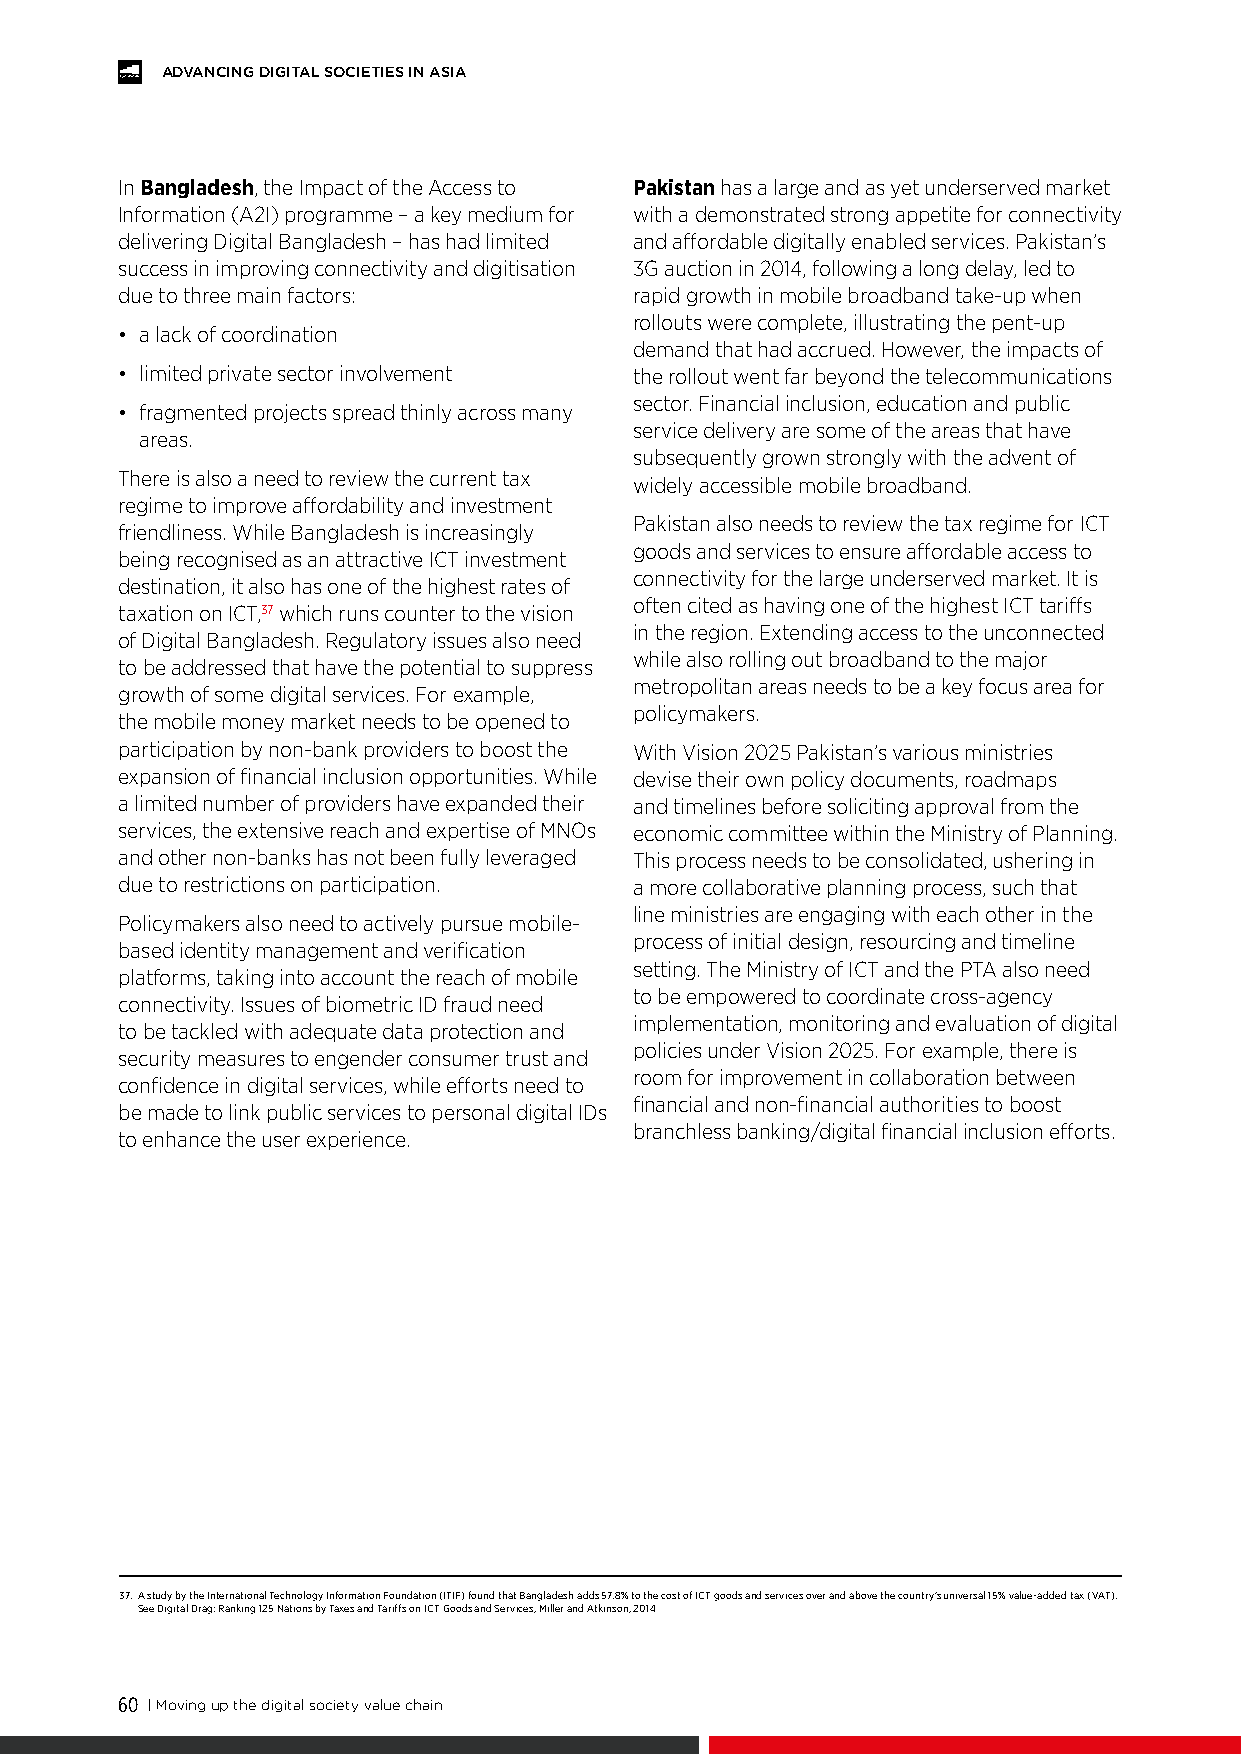
ADVANCING DIGITAL SOCIETIES IN ASIA
 In Bangladesh, the Impact of the Access to Pakistan has a large and as yet underserved market
 Information (A2I) programme – a key medium for with a demonstrated strong appetite for connectivity
 delivering Digital Bangladesh – has had limited and affordable digitally enabled services. Pakistan’s
 success in improving connectivity and digitisation 3G auction in 2014, following a long delay, led to
 due to three main factors:        rapid growth in mobile broadband take-up when
 rollouts were complete, illustrating the pent-up
 • a lack of coordination
 demand that had accrued. However, the impacts of
 • limited private sector involvement the rollout went far beyond the telecommunications
 sector. Financial inclusion, education and public
 • fragmented projects spread thinly across many
 service delivery are some of the areas that have
 areas.
 subsequently grown strongly with the advent of
 There is also a need to review the current tax
 widely accessible mobile broadband.
 regime to improve affordability and investment
 Pakistan also needs to review the tax regime for ICT
 friendliness. While Bangladesh is increasingly
 goods and services to ensure affordable access to
 being recognised as an attractive ICT investment
 connectivity for the large underserved market. It is
 destination, it also has one of the highest rates of
 often cited as having one of the highest ICT tariffs
 taxation on ICT,37 which runs counter to the vision
 in the region. Extending access to the unconnected
 of Digital Bangladesh. Regulatory issues also need
 while also rolling out broadband to the major
 to be addressed that have the potential to suppress
 metropolitan areas needs to be a key focus area for
 growth of some digital services. For example,
 policymakers.
 the mobile money market needs to be opened to
 participation by non-bank providers to boost the With Vision 2025 Pakistan’s various ministries
 expansion of financial inclusion opportunities. While devise their own policy documents, roadmaps
 a limited number of providers have expanded their and timelines before soliciting approval from the
 services, the extensive reach and expertise of MNOs economic committee within the Ministry of Planning.
 and other non-banks has not been fully leveraged This process needs to be consolidated, ushering in
 due to restrictions on participation. a more collaborative planning process, such that
 line ministries are engaging with each other in the
 Policymakers also need to actively pursue mobile-
 process of initial design, resourcing and timeline
 based identity management and verification
 setting. The Ministry of ICT and the PTA also need
 platforms, taking into account the reach of mobile
 to be empowered to coordinate cross-agency
 connectivity. Issues of biometric ID fraud need
 implementation, monitoring and evaluation of digital
 to be tackled with adequate data protection and
 policies under Vision 2025. For example, there is
 security measures to engender consumer trust and
 room for improvement in collaboration between
 confidence in digital services, while efforts need to
 financial and non-financial authorities to boost
 be made to link public services to personal digital IDs
 branchless banking/digital financial inclusion efforts.
 to enhance the user experience.
 37.A study by the International Technology Information Foundation (ITIF) found that Bangladesh adds 57.8% to the cost of ICT goods and services over and above the country’s universal 15% value-added tax (VAT).
 See Digital Drag: Ranking 125 Nations by Taxes and Tariffs on ICT Goods and Services, Miller and Atkinson, 2014
 60 | Moving up the digital society value chain